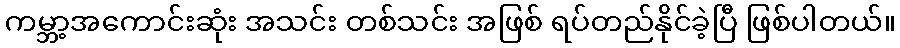
ကမ္ဘာ့အကောင်းဆုံး အသင်း တစ်သင်း အဖြစ် ရပ်တည်နိုင်ခဲ့ပြီ ဖြစ်ပါတယ်။